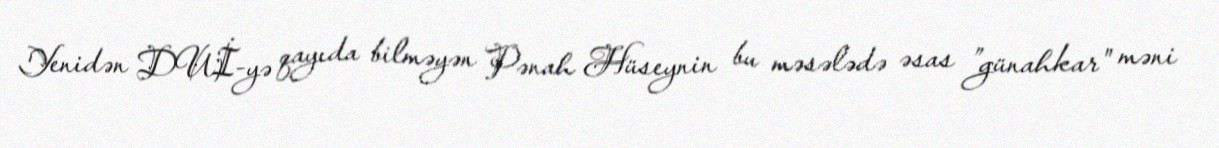
Yenidən DUİ-yə qayıda bilməyən Pənah Hüseynin bu məsələdə əsas ”günahkar" məni